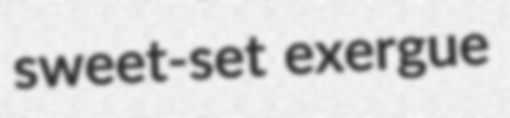
sweet-set exergue